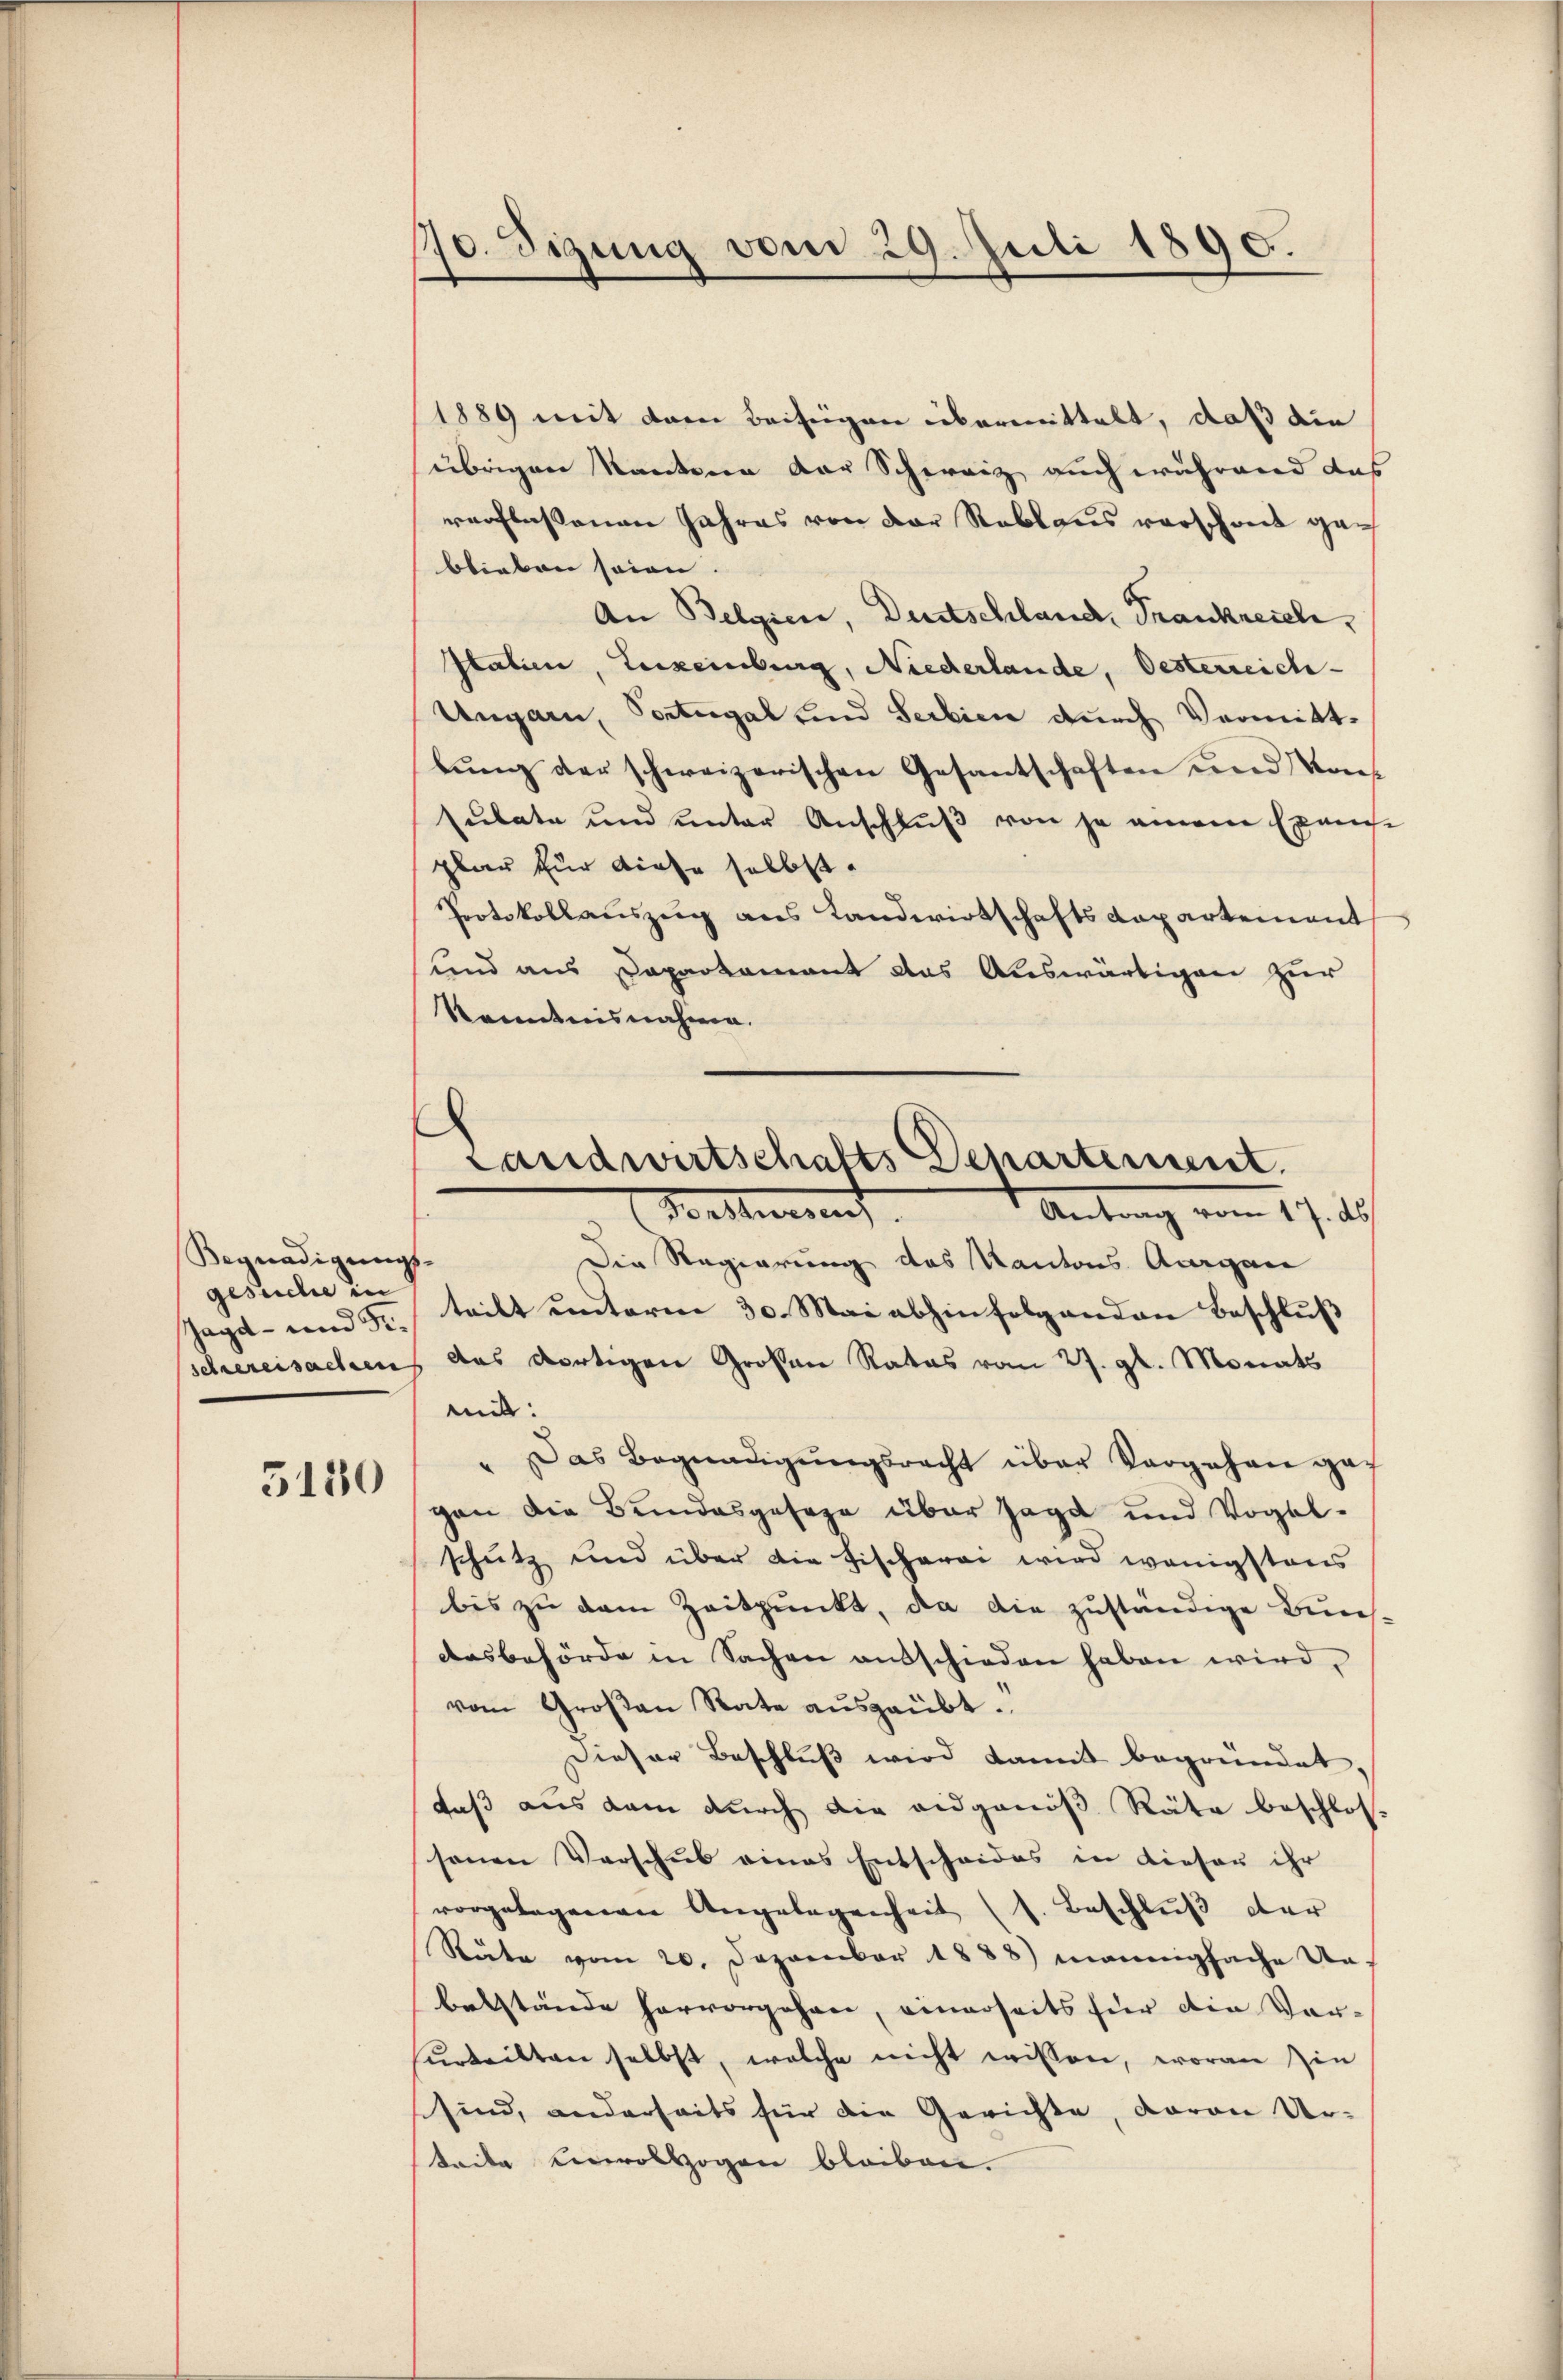
Begnadigungs-
gesuche in
Jagd- und Fr.
schwereisachen

3180

10. digung vom 29. Juli 1890.

1889 mit dem Beisingen übermittelt, daß die
übrigen Kantone der Schweiz auch während das
verflossenen Jahres von der Reblaus verschreit geblieben seien.
An Belgien, Deutschland, Frankreich,
Italien, Luxemburg, Niederlande, Oesterreich
Ungarn, Portregal und Serbien durch Vermittbŭng der schweizerischen Gesantschaften und Kons
sulate und unter Anschluß von je einem Exame
plar zur diese selbst
Protokollauszug aus Landwirtschaftsdepartement
und aus Dapartamant das Auswärtigen zur
Kanntnisnahmen.
Die Regierung des Kantons Aargau
teilt unterm 30. Mai abhinfolgenden Beschluß
das dortigen Großen Rates vom 27. gl. Monats
mit:
" Das Begnadigŭngsrecht über Sargahan gef
gen die Bundesgeseze über sage und Vogel-
schutz und über die Fischerei wird wenigstens
bis zu dem Zeitpunkt, da die zuständige Bundasbehörde in Sachen ausschieden haben wird,
vom Großen Rate aŭsgeübt.
Dieser Beschluß wird damit begründet,
daß aus dem durch die eidgenoß Räte beschloss
sonen Verschub eines Entscheides in dieser ihr
vorgelegenen Angelegenheit (s. Beschlŭβ der
Rŭte vom 20. Dezember 1888) mannigfache Un-
belstände hervorgehen, einerseits für die Vor-
urteilten selbst, welche nicht wissen, woran sin
sind, anderseits für die Gerichte, daran Ur-
Seite Kollzogen bleiben.

Landwirtschafts Departement.
Bestieren
Antrag vom 17. ds.